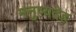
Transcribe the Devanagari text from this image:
मनुष्यदेह